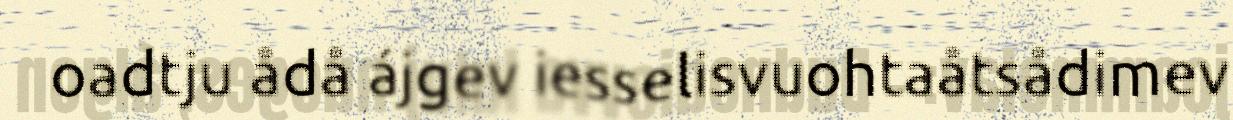
oadtju ådå ájgev iesselisvuohtaåtsådimev